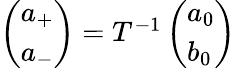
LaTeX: \begin{array}{r}{\left(\begin{array}{l}{a_{+}}\\ {a_{-}}\end{array}\right)=T^{-1}\left(\begin{array}{l}{a_{0}}\\ {b_{0}}\end{array}\right)}\end{array}